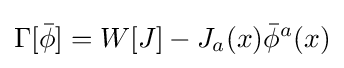
\Gamma [{\bar {\phi }}]=W[J]-J_{a}(x){\bar {\phi }}^{a}(x)